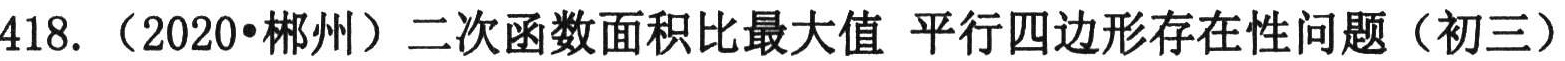
418. （2020•郴州）二次函数面积比最大值 平行四边形存在性问题（初三）